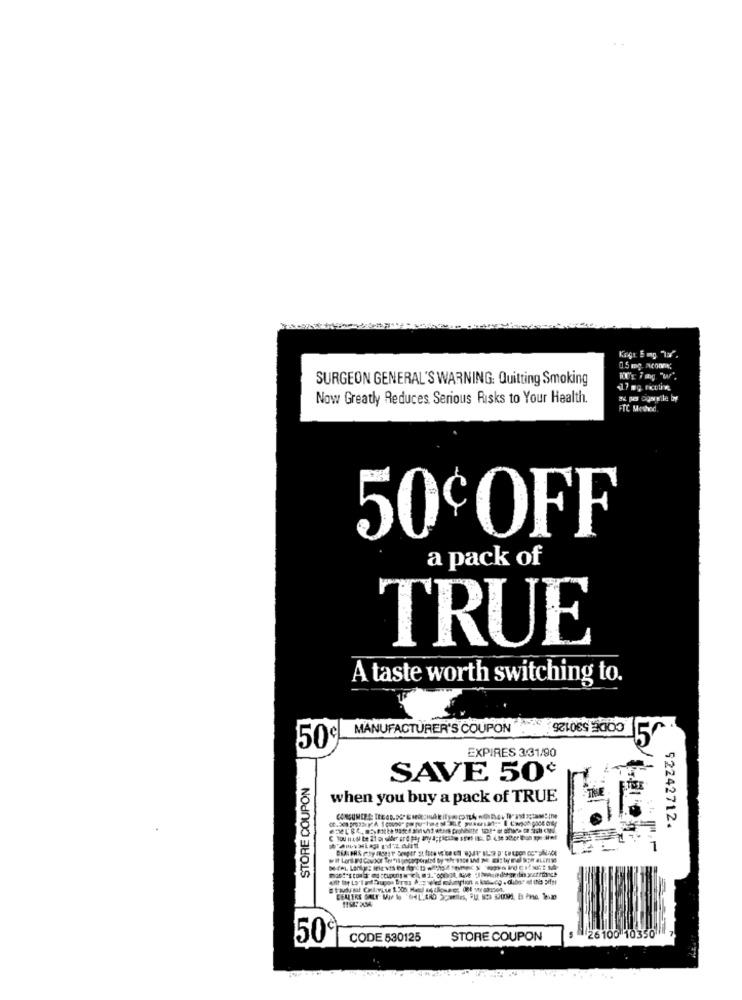
15 mg. Acome;
SURGEON GENERAL'S WARNING: Quitting Smoking
Now Greatly Reduces Serious Risks to Your Health.
de pus Dagergile by
FTC Meshed.
50€OFF
a pack of
TRUE
A taste worth switching to.
CODE 530126
MANUFACTURER'S COUPON
50cl
EXPIRES 3:31/90
STORE COUPON
SAVE 50¢
when you buy a pack of TRUE
92242712.
26100 10350
50
CODE 530125
STORE COUPON